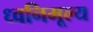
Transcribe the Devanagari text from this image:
ध्वनिमूल्य